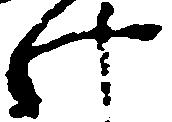
け